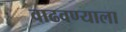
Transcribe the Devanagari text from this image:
वाढवण्याला